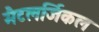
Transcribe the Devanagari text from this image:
मैटलर्जिकल